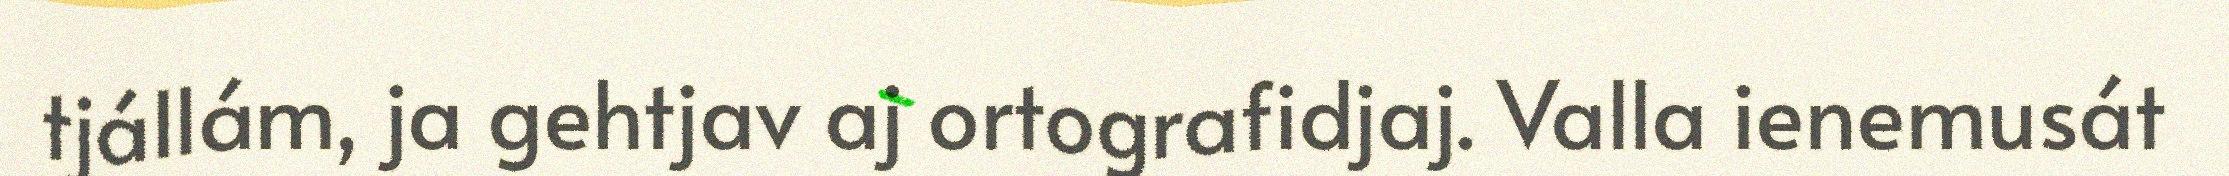
tjállám, ja gehtjav aj ortografidjaj. Valla ienemusát